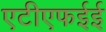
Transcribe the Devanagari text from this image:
एटीएफईई